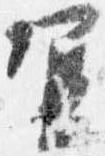
宜